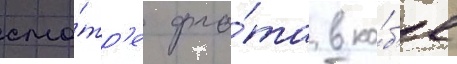
смо́тр'е фло́та в ко́б'е